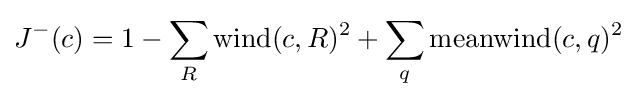
J^{-}(c)=1-\sum _{R}{\text{wind}}(c,R)^{2}+\sum _{q}{\text{meanwind}}(c,q)^{2}